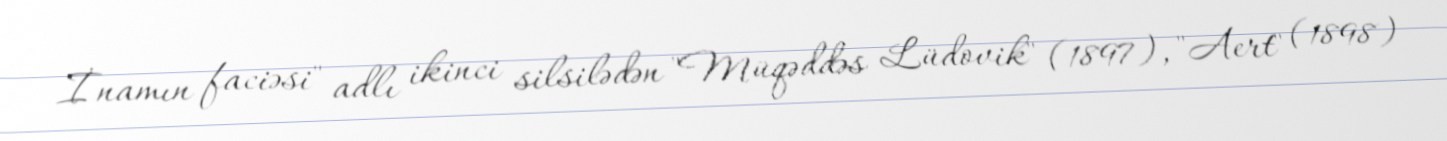
İnamın faciəsi" adlı ikinci silsilədən "Müqəddəs Lüdovik" (1897), "Aert" (1898)